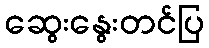
ဆွေးနွေးတင်ပြ